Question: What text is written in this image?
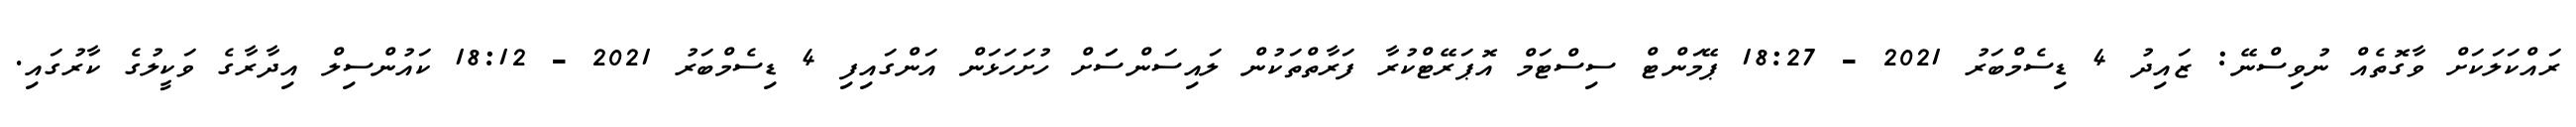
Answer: ރައްކަލަކަށް ވާގޮތެއް ނުވިސްނޭ: ޒައިދު 4 ޑިސެމްބަރު 2021 - 18:27 ޕޭމަންޓް ސިސްޓަމް އޮޕަރޭޓްކުރާ ފަރާތްތަކުން ލައިސަންސަަށް ހުށަހަޅަން އަންގައިފި 4 ޑިސެމްބަރު 2021 - 18:12 ކައުންސިލް އިދާރާގެ ވަކީލުގެ ކާރުގައި.